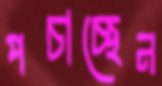
পচাচ্ছেন